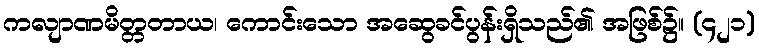
ကလျာဏမိတ္တတာယ၊ ကောင်းသော အဆွေခင်ပွန်းရှိသည်၏ အဖြစ်၌။ (၄၂၁)